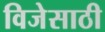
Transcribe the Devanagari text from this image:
विजेसाठी